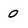
Character: 0